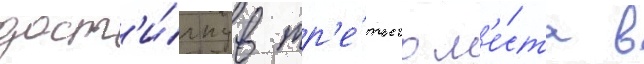
дост'и́гнув тр'е́тьего м'е́ста в